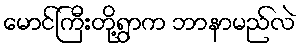
မောင်ကြီးတို့ရွာက ဘာနာမည်လဲ